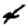
Digit: 4